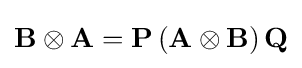
\mathbf {B} \otimes \mathbf {A} =\mathbf {P} \,(\mathbf {A} \otimes \mathbf {B} )\,\mathbf {Q}